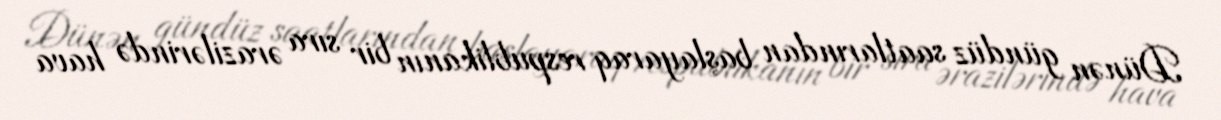
Dünən gündüz saatlarından başlayaraq respublikanın bir sıra ərazilərində hava